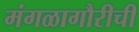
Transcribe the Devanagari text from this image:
मंगळागौरीची